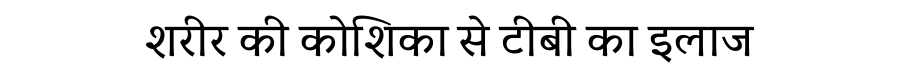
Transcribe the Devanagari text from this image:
शरीर की कोशिका से टीबी का इलाज